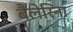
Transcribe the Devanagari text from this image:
बैलेरिना